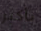
بأكبر